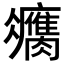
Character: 𦢻